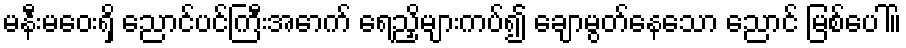
မနီးမဝေးရှိ ညောင်ပင်ကြီးအောက် ရေညှိများကပ်၍ ချောမွတ်နေသော ညောင် မြစ်ပေါ်။